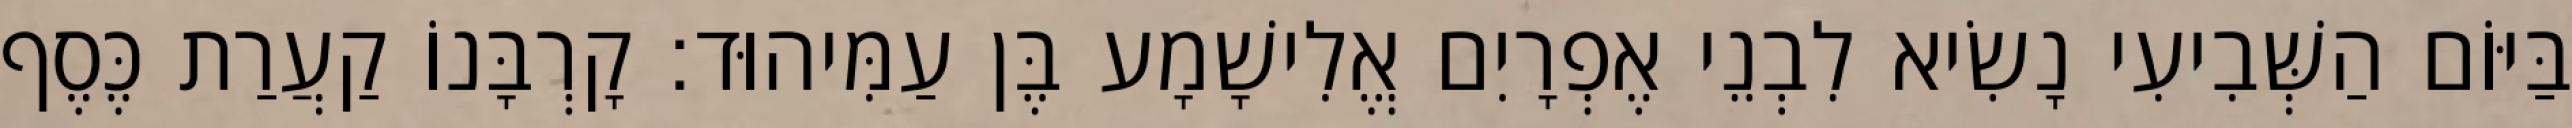
בַּיּוֹם הַשְּׁבִיעִי נָשִׂיא לִבְנֵי אֶפְרָיִם אֱלִישָׁמָע בֶּן עַמִּיהוּד׃ קָרְבָּנוֹ קַעֲרַת כֶּסֶף